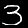
Digit: 3